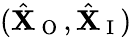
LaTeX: (\hat{\mathbf{X}}_{\mathrm{~O~}},\hat{\mathbf{X}}_{\mathrm{~I~}})